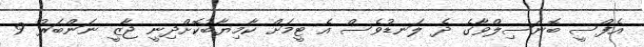
އެފްސީ ބޮނަސިލްވާގެ ދެ ލަނޑުވެސް އެ ޓީމަށް ކާމިޔާބުކޮށްދިނީ ޖާޒީ ނަންބަރު 9